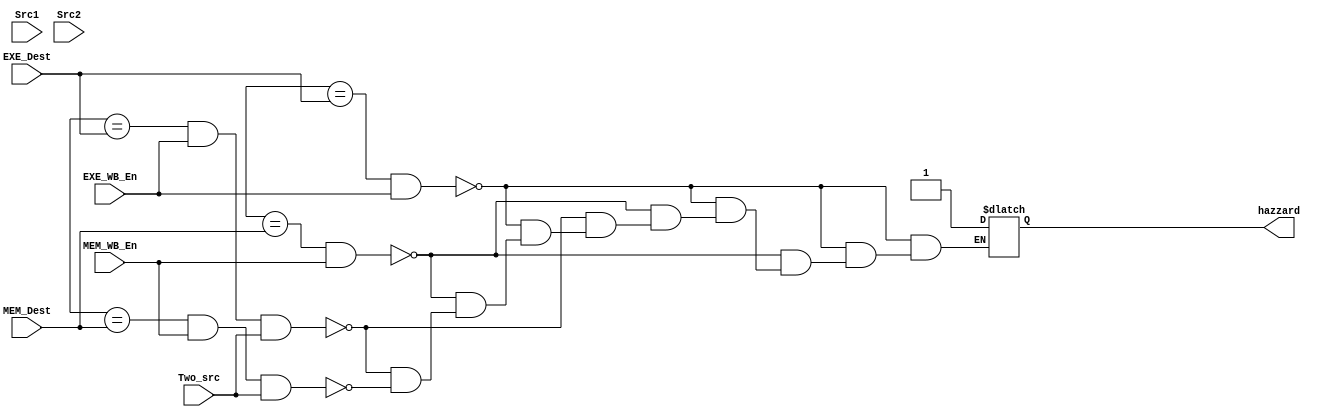
module HazzardUnit(input [3:0] MEM_Dest, EXE_Dest, Src1, Src2, input MEM_WB_En, EXE_WB_En, Two_src, output hazzard); 
    always @(MEM_Dest, EXE_Dest, Rn, Rm, MEM_WB_En, EXE_WB_En, Two_src) begin 
        if ((src1 == EXE_Dest) && (EXE_WB_En)) hazzard = 1;
        else if ((src1 == MEM_Dest) && (MEM_WB_En)) hazzard = 1;
        else if ((src2 == EXE_Dest) && (EXE_WB_En) && (Two_src)) hazzard = 1;
        else if ((src2 == MEM_Dest) && (MEM_WB_En) && (Two_src)) hazzard = 1;
        else hazard = 0;
end 
endmodule